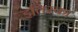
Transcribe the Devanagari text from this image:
इतिरका